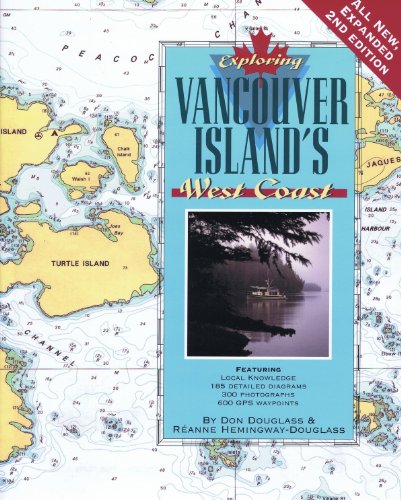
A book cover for Exploring Vancouver Island's West Coast, 2nd Ed.; Don Douglass; Travel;